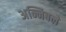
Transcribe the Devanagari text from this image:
अन्निबले